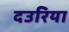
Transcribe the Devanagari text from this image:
दउरिया